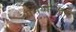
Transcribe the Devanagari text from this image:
अभियोगांतक